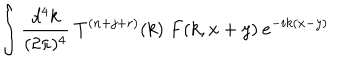
LaTeX: \int \frac { d ^ { 4 } k } { ( 2 \pi ) ^ { 4 } } \: T ^ { ( n + j + r ) } ( k ) \; F ( k , x + y ) \: e ^ { - i k ( x - y ) }